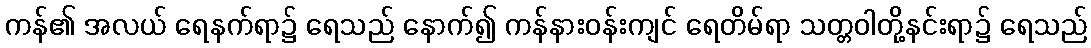
ကန်၏ အလယ် ရေနက်ရာ၌ ရေသည် နောက်၍ ကန်နားဝန်းကျင် ရေတိမ်ရာ သတ္တဝါတို့နင်းရာ၌ ရေသည်